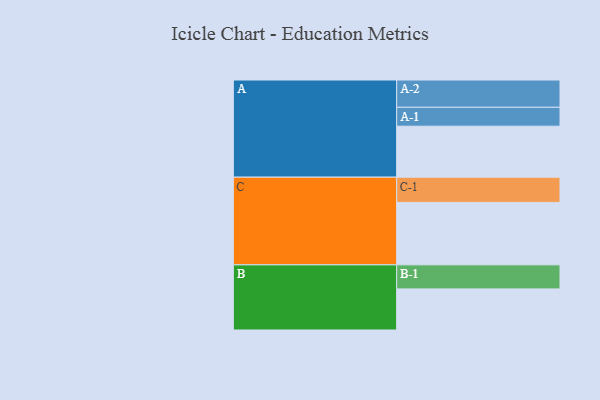
{"axis": {"x": "Segment", "y": "Value"}, "legend": ["", "A", "B", "C"], "data": [{"x": "A", "y": 439, "type": ""}, {"x": "B", "y": 354, "type": ""}, {"x": "C", "y": 538, "type": ""}, {"x": "A-1", "y": 163, "type": "A"}, {"x": "A-2", "y": 235, "type": "A"}, {"x": "B-1", "y": 207, "type": "B"}, {"x": "C-1", "y": 217, "type": "C"}]}